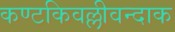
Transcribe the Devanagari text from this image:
कण्टकिवल्लीवन्दाक